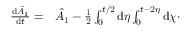
\begin{array} { r l } { \frac { \mathrm { d } \hat { A _ { 1 } } } { \mathrm { d } t } = } & { { } \hat { A _ { 1 } } - \frac { 1 } { 2 } \int _ { 0 } ^ { t / 2 } \mathrm { d } \eta \int _ { 0 } ^ { t - 2 \eta } \mathrm { d } \chi \cdot } \end{array}